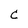
Character: C